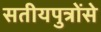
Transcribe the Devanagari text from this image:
सतीयपुत्रोंसे